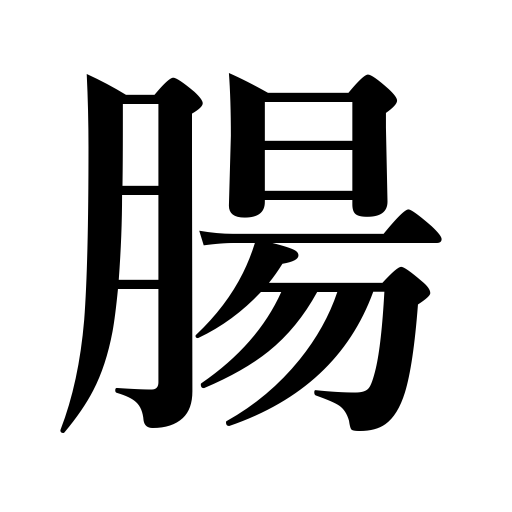
Meanings: bowels,intestines,entrails,digestive system in lower animals